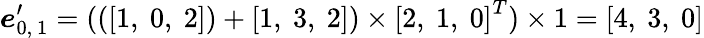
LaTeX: \boldsymbol{e}_{0,\ 1}^{\prime}=(\left(\left[1,\ 0,\ 2\right]\right)+\left[1,\ 3,\ 2\right])\times\left[2,\ 1,\ 0\right]^{T})\times 1=[4,\ 3,\ 0]